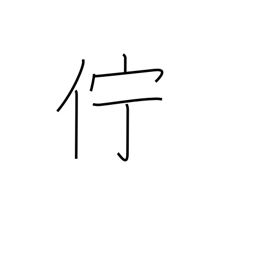
Meaning: linger